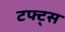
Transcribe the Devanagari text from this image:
टफ्ट्‌स